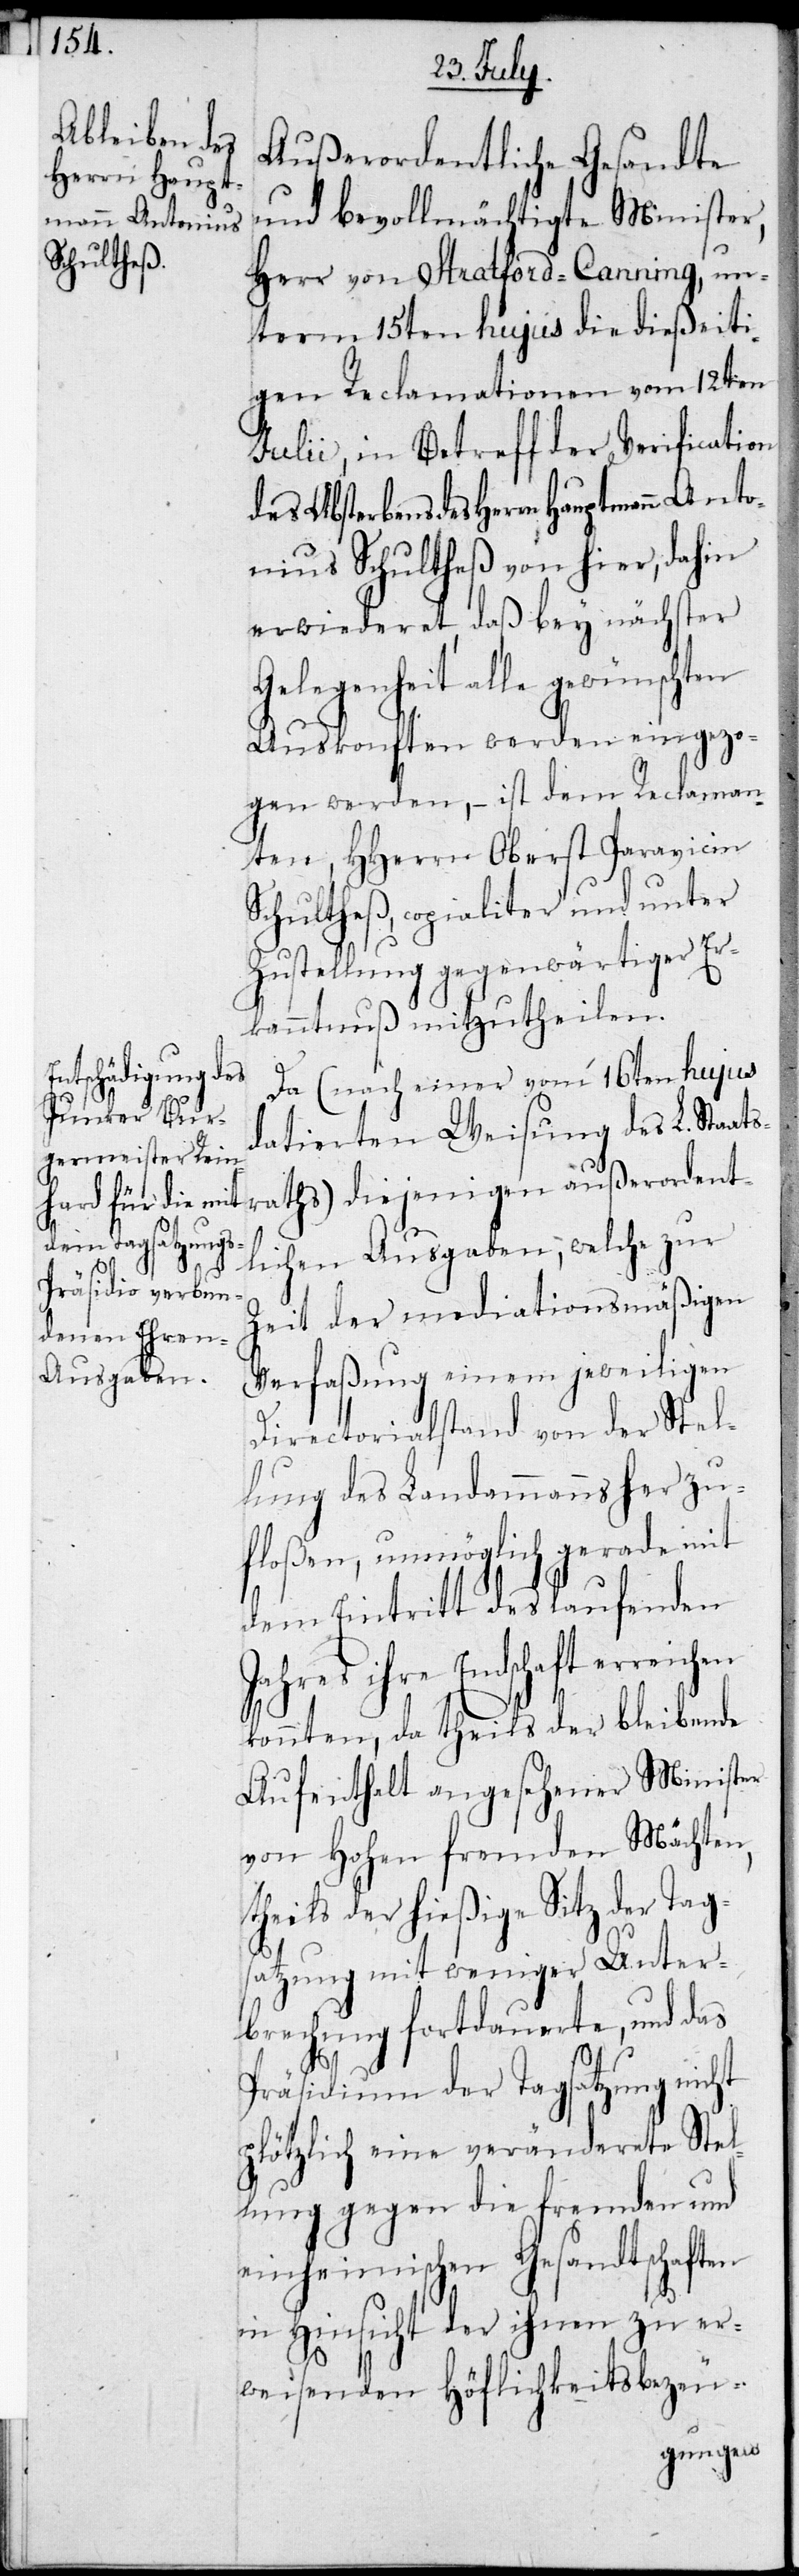
tsr¬

Außerordentliche Gesandte
und bevollmächtigte Minister,
Herr von Stratford-Canning, un¬
term 15ten hujus die dießeiti¬
gen Reclamationen vom 12ten
Julii, in Betreff der Verification
des Absterbens des Herrn Hauptmann Anto¬
nius Schultheß von hier, dahin
erwiederet, daß bey nächster
Gelegenheit alle gewünschten
Auskonften werden eingezo¬
gen werden, – ist dem Reclaman¬
ten, HHerrn Oberst Paravicin
Schultheß, copialiter und unter
Zustellung gegenwärtiger Er¬
kanntnuß mitzutheilen.
Da (nach einer vom 16ten hujus
datierten Weisung des L. Staa¬
aths) diejenigen außerordent¬
lichen Ausgaben, welche zur
Zeit der mediationsmäßigen
Verfaßung einem jeweiligen
Directoralstand von der Stel¬
lung des Landammanns her zu¬
floßen, unmöglich gerade mit
dem Eintritt des laufenden
ihre Endschaft erreichen
konnten, da theils der bleibende
Aufenthalt angesehener Minister
von Hohen fremden Mächten,
theils der hießige Sitz der Tag¬
satzung mit weniger Unter¬
brechung fortdauerte, und das
Präsidium der Tagsatzung nicht
plötzlich eine veränderete Stel¬
lung gegen die fremden und
einheimischen Gesandtschaften
in Hinsicht der ihnen zu er¬
weisenden Höflichkeitsbezeu-